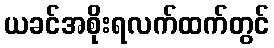
ယခင်အစိုးရလက်ထက်တွင်